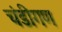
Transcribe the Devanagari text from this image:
चंडीगण